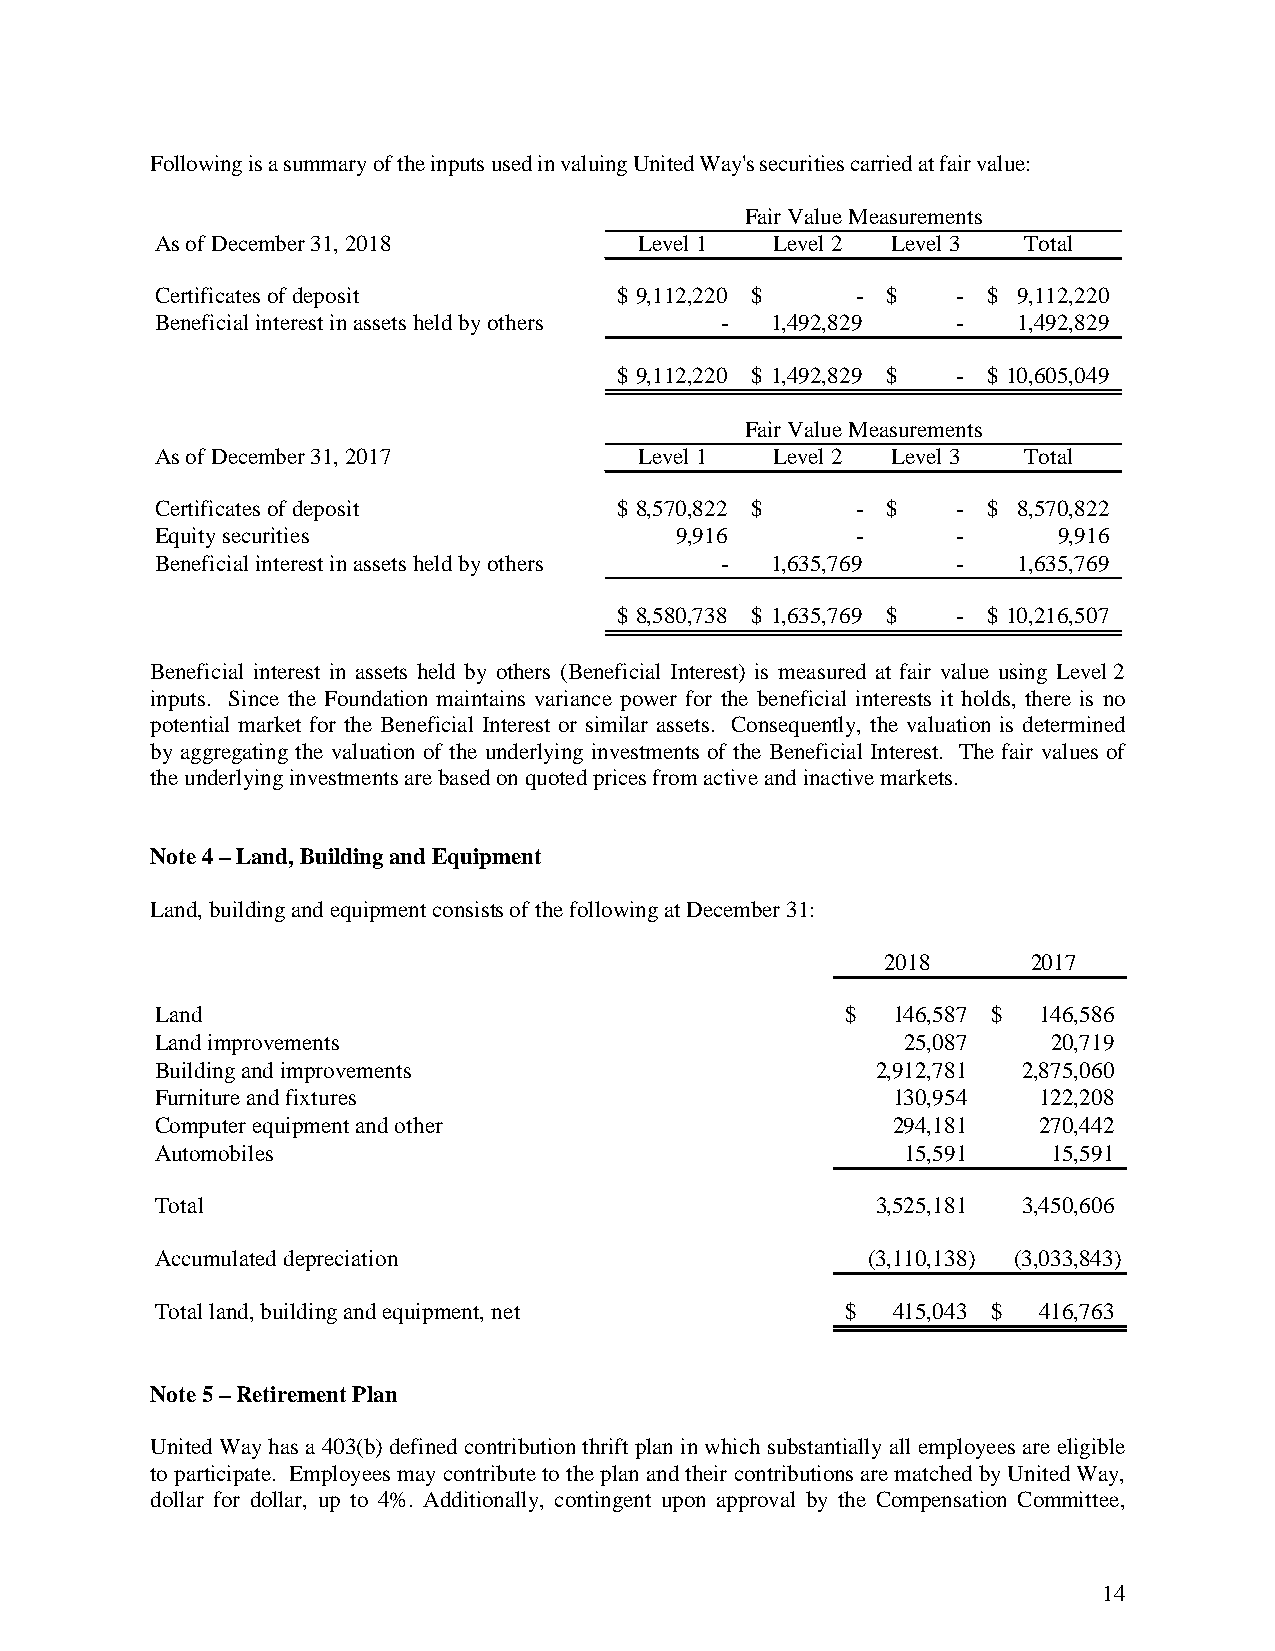
Following is a summary of the inputs used in valuing United Way's securities carried at fair value:
 Fair Value Measurements
 As of December 31, 2018         Level 1  Level 2 Level 3  Total
 Certificates of deposit        $ 9,112,220 $   - $   - $ 9,112,220
 Beneficial interest in assets held by others - 1,492,829 - 1,492,829
 $ 9,112,220 $ 1,492,829 $ - $ 10,605,049
 Fair Value Measurements
 As of December 31, 2017         Level 1  Level 2 Level 3  Total
 Certificates of deposit        $ 8,570,822 $   - $   - $ 8,570,822
 Equity securities                  9,916       -     -      9,916
 Beneficial interest in assets held by others - 1,635,769 - 1,635,769
 $ 8,580,738 $ 1,635,769 $ - $ 10,216,507
 Beneficial interest in assets held by others (Beneficial Interest) is measured at fair value using Level 2
 inputs. Since the Foundation maintains variance power for the beneficial interests it holds, there is no
 potential market for the Beneficial Interest or similar assets. Consequently, the valuation is determined
 by aggregating the valuation of the underlying investments of the Beneficial Interest. The fair values of
 the underlying investments are based on quoted prices from active and inactive markets.
 Note 4 – Land, Building and Equipment
 Land, building and equipment consists of the following at December 31:
 2018     2017
 Land                                          $  146,587 $ 146,586
 Land improvements                                 25,087    20,719
 Building and improvements                       2,912,781 2,875,060
 Furniture and fixtures                           130,954   122,208
 Computer equipment and other                     294,181   270,442
 Automobiles                                       15,591    15,591
 Total                                           3,525,181 3,450,606
 Accumulated depreciation                       ( 3,110,138) ( 3,033,843)
 Total land, building and equipment, net       $  415,043 $ 416,763
 Note 5 – Retirement Plan
 United Way has a 403(b) defined contribution thrift plan in which substantially all employees are eligible
 to participate. Employees may contribute to the plan and their contributions are matched by United Way,
 dollar for dollar, up to 4%. Additionally, contingent upon approval by the Compensation Committee,
 14